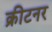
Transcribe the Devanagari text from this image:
क्रीटनर